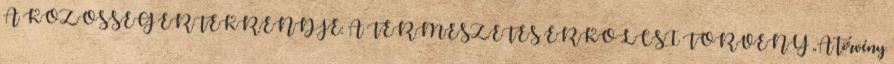
A KÖZÖSSÉG ÉRTÉKRENDJE: A TERMÉSZETES ERKÖLCSI TÖRVÉNY „A törvény